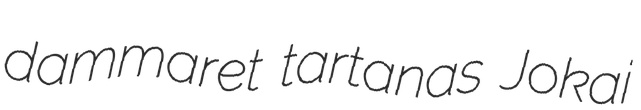
dammaret tartanas Jokai